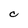
Character: C